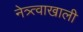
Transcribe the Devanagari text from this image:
नेत्र्त्वाखाली